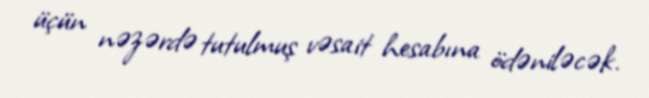
üçün nəzərdə tutulmuş vəsait hesabına ödəniləcək.